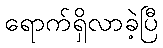
ရောက်ရှိလာခဲ့ပြီ